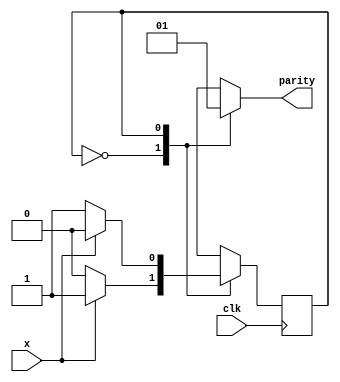
module moore(input clk, input x, output reg parity);
    reg state, nextstate;
    parameter S0=0, S1=1;
initial begin
    state<= S0;
end
always @(posedge clk) // always block to update state
    state <= nextstate;

always @(state) // always block to compute output
begin
     case(state)
         S0: parity = 0;
         S1: parity = 1;
     endcase
end

always @(state or x) // always block to compute nextstate
begin
     nextstate = S0;
     case(state)
         S0: if(x)
                 nextstate = S1;
         S1: if(!x)
                 nextstate = S1;
     endcase
end

endmodule

module test;
    reg clk,x;
    wire parity;

    moore uut (.clk(clk),.x(x),.parity(parity));

    always
        begin
            clk = ~clk; #5;
        end
    initial begin
        clk=0;
        x=0;
        #15;
        x = 1; #10;
        x=0; #10;
        x=1; #10;
        x=0; #10;
        x = 1; #10;
        x=0; #10;
        $finish;
    end
    initial begin
        $monitor("clk=%d t=%3d x=%d parity=%d \n",clk ,$time,x,parity);
    end

endmodule